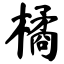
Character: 橘